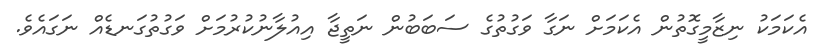
އެކަމަކު ނިޒާމީގޮތުން އެކަމަށް ނަގާ ވަގުތުގެ ސަބަބުން ނަތީޖާ އިއުލާނުކުރުމަށް ވަގުތުގަނޑެއް ނަގައެވެ.